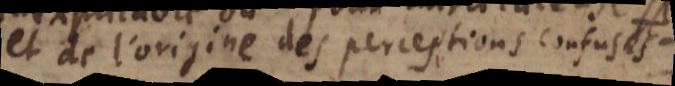
et de l’origine des perceptions confuses.